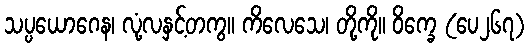
သပ္ပယောဂေန၊ လုံ့လနှင့်တကွ။ ကိလေသေ၊ တို့ကို။ ဝိက္ခေ (ပေ၂၆၇)